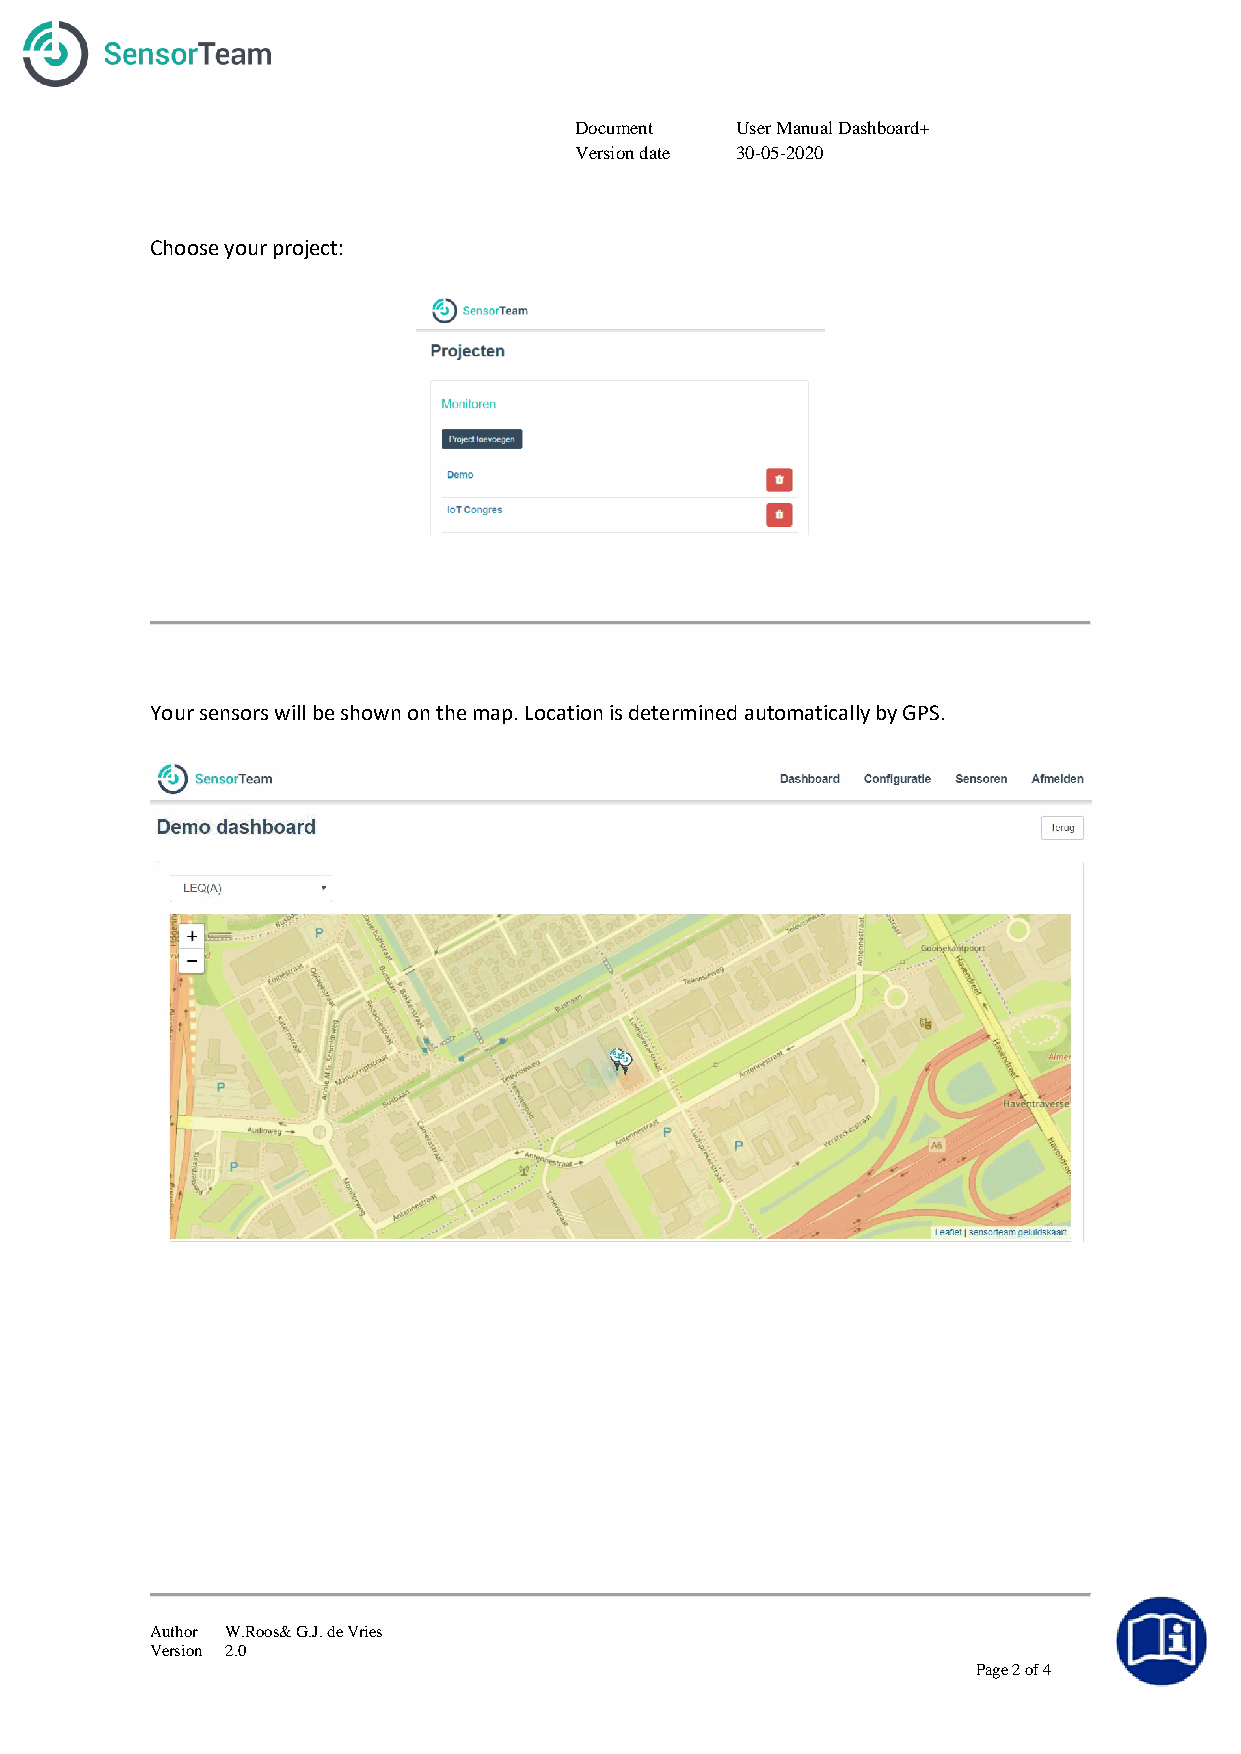
Document   User Manual Dashboard+
 Version date 30-05-2020
 Choose your project:
 Your sensors will be shown on the map. Location is determined automatically by GPS.
 Author W.Roos& G.J. de Vries
 Version 2.0
 Page 2 of 4